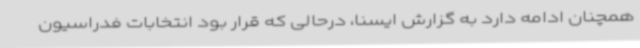
همچنان ادامه دارد به گزارش ایسنا، درحالی که قرار بود انتخابات فدراسیون